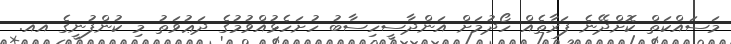
މަސައްކަތް ކޮށްދޭނެ ފަރާތެއް ހޯދުމަށް އަންދާސީހިސާބު ހުށަހެޅުއްވުމުގެ ދަޢުވަތު މި ކުންފުނީގެ އއ.